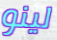
لينو